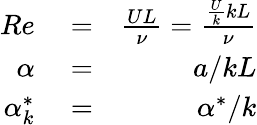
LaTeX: \begin{array}{rlr}{Re}&{{}=}&{\frac{UL}{\nu}=\frac{\frac{U}{k}kL}{\nu}}\\ {\alpha}&{{}=}&{a/kL}\\ {\alpha_{k}^{*}}&{{}=}&{\alpha^{*}/k}\end{array}